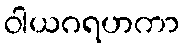
ဝါယဂရဟကာ